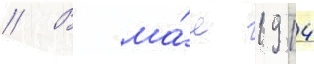
// В ма́е 1914